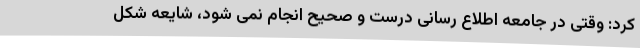
کرد: وقتی در جامعه اطلاع رسانی درست و صحیح انجام نمی شود، شایعه شکل